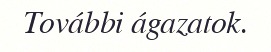
További ágazatok.